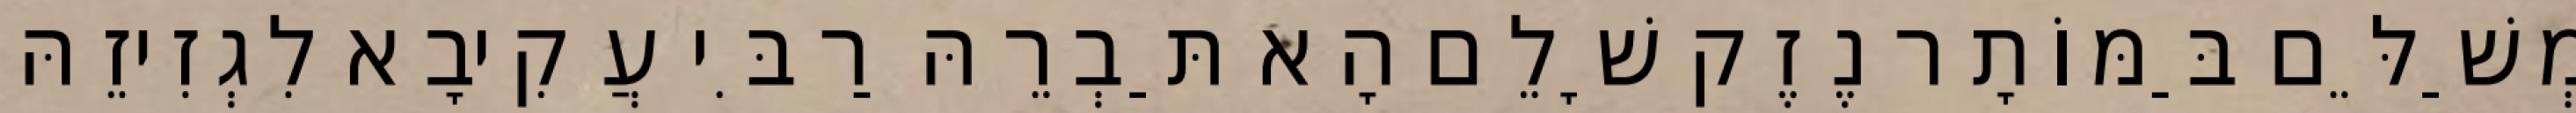
מְשַׁלֵּם בַּמּוֹתָר נֶזֶק שָׁלֵם הָא תַּבְרֵהּ רַבִּי עֲקִיבָא לִגְזִיזֵהּ